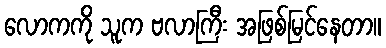
လောကကို သူက ဗလာကြီး အဖြစ်မြင်နေတာ။